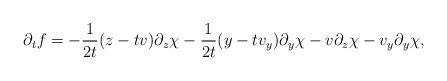
LaTeX: \begin{align*}\partial_tf = - \frac1{2t}(z - tv)\partial_z\chi - \frac1{2t}(y - tv_y)\partial_y\chi - v\partial_z\chi - v_y\partial_y\chi,\end{align*}